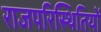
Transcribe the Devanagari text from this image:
राजपरिस्थितियों